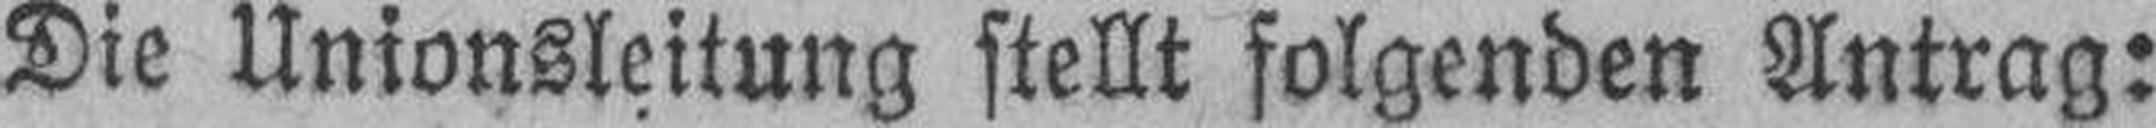
Die Unionsleitung stellt folgenden Antrag: